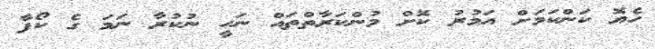
ހެޔޮ ކަންކަމަށް އަމުރު ކޮށް މުންކަރާތްތައް ނަހީ ނުކުރާ ނަމަ ގެ ކޯފާ